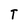
Character: T